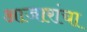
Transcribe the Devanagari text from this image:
आजारांचा